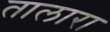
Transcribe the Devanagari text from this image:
तालारा